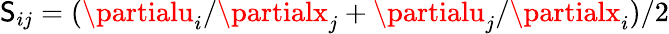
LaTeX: \mathsf{S}_{ij}=(\partialu_{i}/\partialx_{j}+\partialu_{j}/\partialx_{i})/2